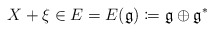
\begin{align*} X+\xi \in E= E(\mathfrak{g})\coloneqq \mathfrak{g} \oplus \mathfrak{g}^*\end{align*}